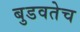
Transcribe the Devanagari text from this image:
बुडवतेच